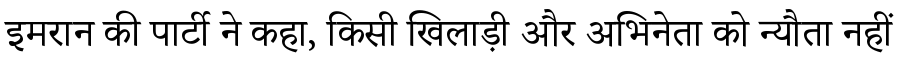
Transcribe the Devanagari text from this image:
इमरान की पार्टी ने कहा, किसी खिलाड़ी और अभिनेता को न्यौता नहीं